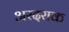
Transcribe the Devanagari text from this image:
अरदराक